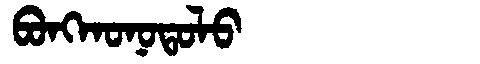
Manchu: ᠪᠣᠩᡴᠣᠨᠣᡨᠣᠯᠣ
Romanization: BONGKONOTOLO